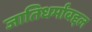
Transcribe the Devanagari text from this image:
जातिधर्मांबद्दल